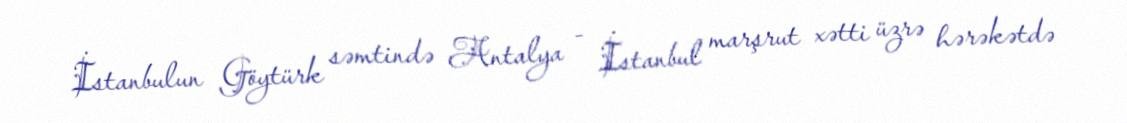
İstanbulun Göytürk səmtində Antalya - İstanbul marşrut xətti üzrə hərəkətdə